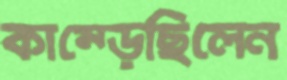
কাম্‌ড়েছিলেন